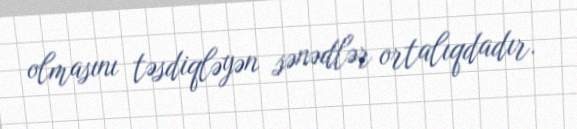
olmasını təsdiqləyən sənədlər ortalıqdadır.